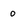
Character: 0